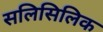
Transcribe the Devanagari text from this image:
सलिसिलिक